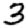
Digit: 3